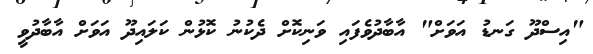
"އިސްދޫ ގަނޑު އަވަށް" އާބާދުވެފައި ވަނިކޮށް ދެކުނު ކޮޅުން ކަލައިދޫ އަވަށް އާބާދުވީ